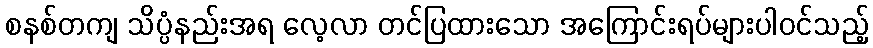
စနစ်တကျ သိပ္ပံနည်းအရ လေ့လာ တင်ပြထားသော အကြောင်းရပ်များပါဝင်သည့်